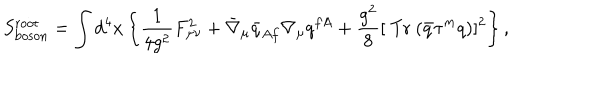
LaTeX: S _ { \mathrm { b o s o n } } ^ { \mathrm { r o o t } } = \int d ^ { 4 } x \left\{ \frac 1 { 4 g ^ { 2 } } F _ { \mu \nu } ^ { 2 } + \bar { \nabla } _ { \mu } \bar { q } _ { A f } \nabla _ { \mu } q ^ { f A } + \frac { g ^ { 2 } } 8 [ \mathrm { ~ T r ~ } ( \bar { q } \tau ^ { m } q ) ] ^ { 2 } \right\} ,